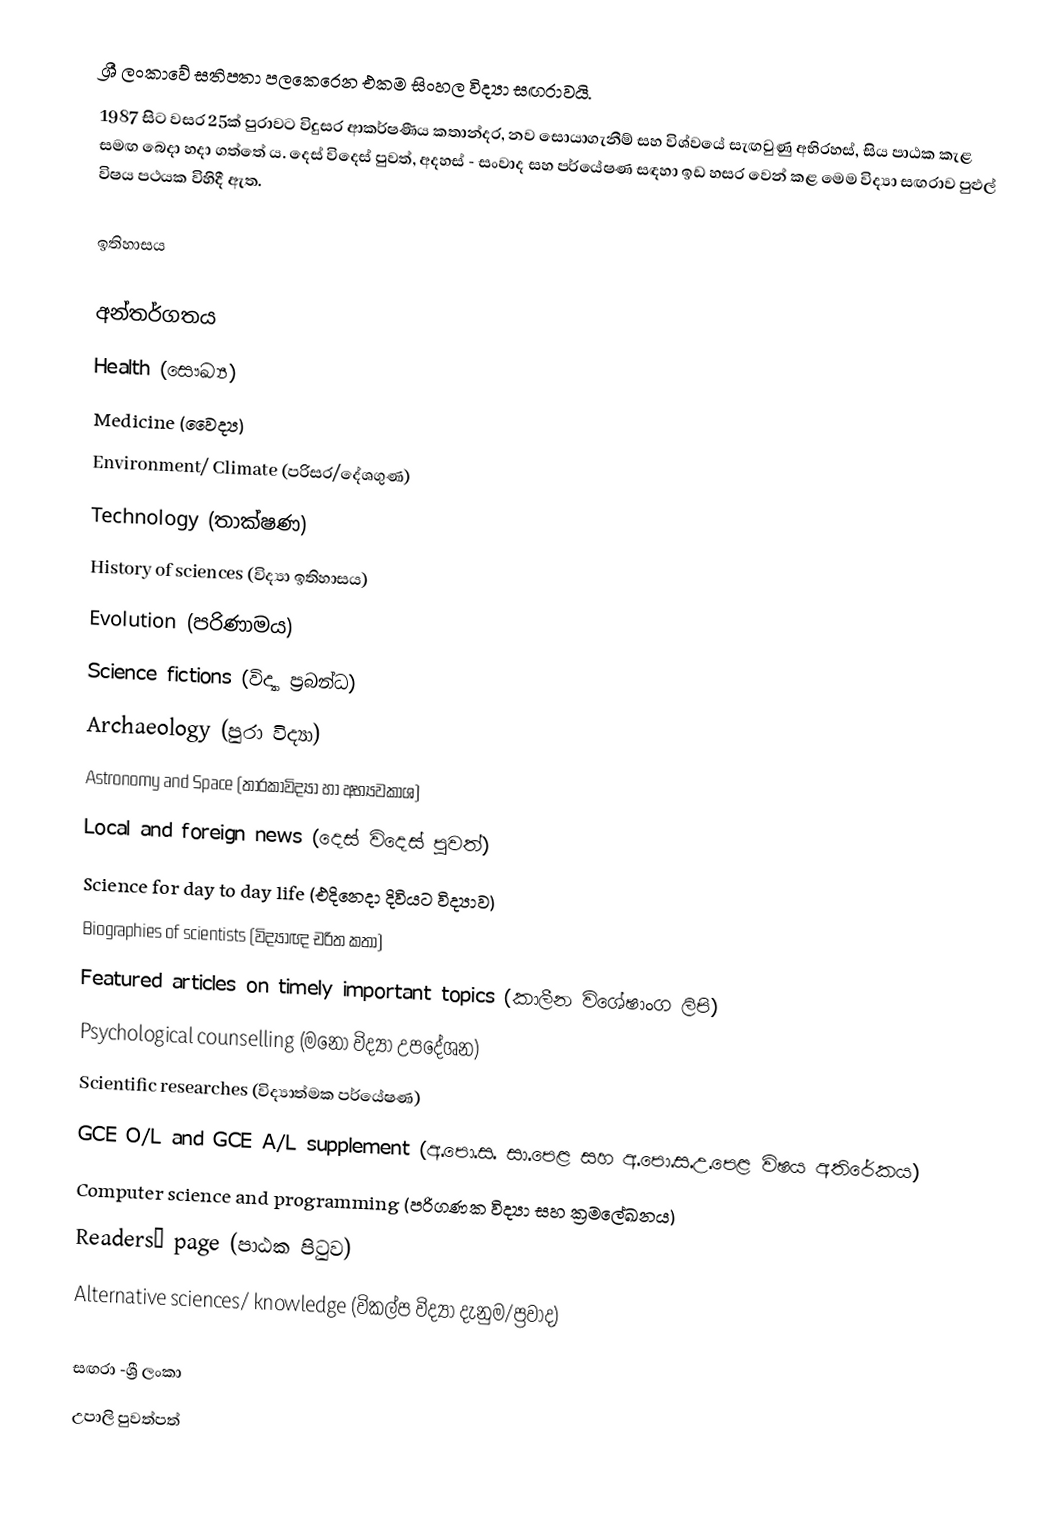
ශ්‍රී ලංකාවේ සතිපතා පලකෙරෙන එකම සිංහල විද්‍යා සඟරාවයි.
1987 සිට වසර 25ක් පුරාවට විදුසර ආකර්ෂණීය කතාන්දර, නව සොයාගැනීම් සහ විශ්වයේ සැඟවුණු අභිරහස්, සිය පාඨක කැළ සමඟ බෙදා හදා ගත්තේ ය. දෙස් විදෙස් පුවත්, අදහස් - සංවාද සහ පර්යේෂණ සඳහා ඉඩ හසර වෙන් කළ මෙම විද්‍යා සඟරාව පුළුල් විෂය පථයක විහිදී ඇත.

ඉතිහාසය

අන්තර්ගතය
Health (සෞඛ්‍ය)
Medicine (වෛද්‍ය)
Environment/ Climate (පරිසර/දේශගුණ)
Technology (තාක්ෂණ)
History of sciences (විද්‍යා ඉතිහාසය)
Evolution (පරිණාමය)
Science fictions (විද්‍යා ප්‍රබන්ධ)
Archaeology (පුරා විද්‍යා)
Astronomy and Space (තාරකාවිද්‍යා හා අභ්‍යවකාශ)
Local and foreign news (දෙස් විදෙස් පුවත්)
Science for day to day life (එදිනෙදා දිවියට විද්‍යාව)
Biographies of scientists (විද්‍යාඥ චරිත කතා)
Featured articles on timely important topics (කාලීන විශේෂාංග ලිපි)
Psychological counselling (මනෝ විද්‍යා උපදේශන)
Scientific researches (විද්‍යාත්මක පර්යේෂණ)
GCE O/L and GCE A/L supplement (අ.පො.ස. සා.පෙළ සහ අ.පො.ස.උ.පෙළ විෂය අතිරේකය)
Computer science and programming (පරිගණක විද්‍යා සහ ක්‍රමලේඛනය)
Readers’ page (පාඨක පිටුව)
Alternative sciences/ knowledge (විකල්ප විද්‍යා දැනුම/ප්‍රවාද)

සඟරා -ශ්‍රී ලංකා
උපාලි පුවත්පත්